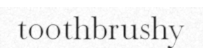
toothbrushy